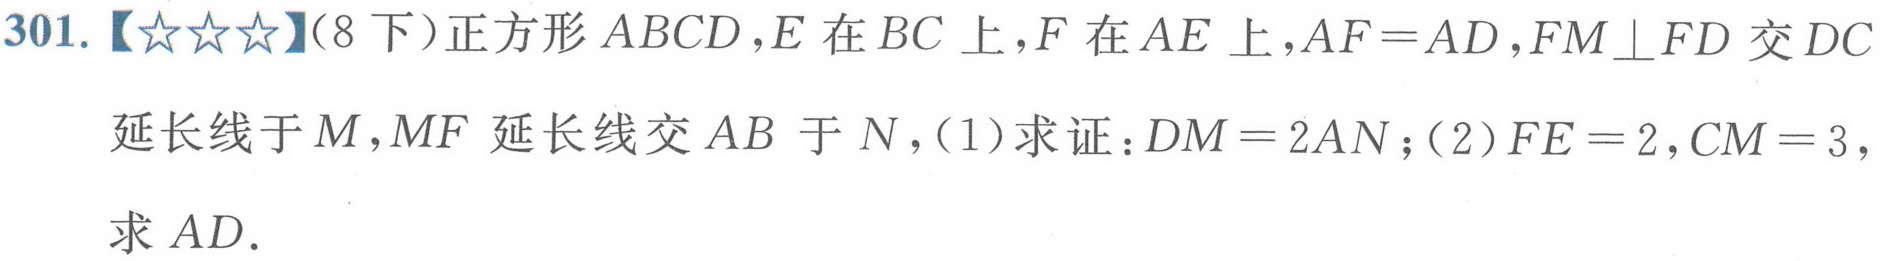
301.【★★★】(8下)正方形 \(ABCD\)，\(E\)在 \(BC\)上，\(F\)在 \(AE\)上，\(AF = AD\)，\(FM\perp FD\)交 \(DC\)延长线于 \(M\)，\(MF\)延长线交 \(AB\)于 \(N\)，(1)求证：\(DM = 2AN\)；(2)\(FE = 2\)，\(CM = 3\)，求 \(AD\)。